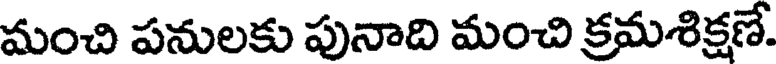
మంచి పనులకు పునాది మంచి క్రమశిక్షణే.